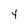
Character: Y